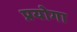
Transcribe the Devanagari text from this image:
प्रयोगा